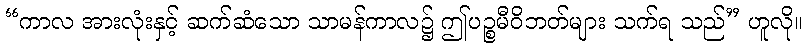
“ကာလ အားလုံးနှင့် ဆက်ဆံသော သာမန်ကာလ၌ ဤပဉ္စမီဝိဘတ်များ သက်ရ သည်” ဟူလို။